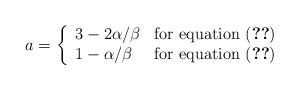
LaTeX: \begin{align*}a=\left\{\begin{array}{ll}3-2\alpha/\beta & \mbox{for equation \eqref{HAM}} \\1-\alpha/\beta & \mbox{for equation \eqref{PAM}}\end{array} \right.\end{align*}